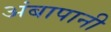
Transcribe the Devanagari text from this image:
अंबापानी